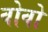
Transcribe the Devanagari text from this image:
वोवो